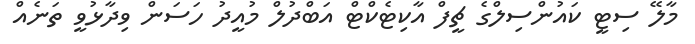
މާލޭ ސިޓީ ކައުންސިލްގެ ޗީފް އާކިޓެކްޓް އަބްދުލް މުއީދު ހަސަން ވިދާޅުވީ ތަނެއް